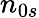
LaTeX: n_{0s}